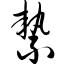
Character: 絷